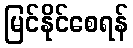
မြင်နိုင်စေရန်